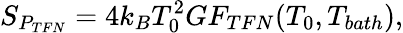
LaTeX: S_{P_{TFN}}=4k_{B}T_{0}^{2}GF_{TFN}(T_{0},T_{bath}),